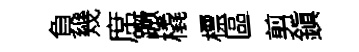
負幾席蹶橇標區剪鎭